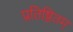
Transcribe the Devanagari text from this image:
प्रतिष्ठितम्